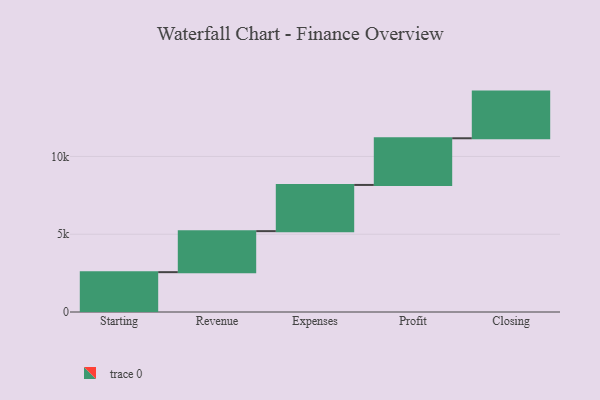
{"axis": {"x": "Step", "y": "Value"}, "legend": [""], "data": [{"x": "Starting", "y": 2561.0, "type": ""}, {"x": "Revenue", "y": 2637.0, "type": ""}, {"x": "Expenses", "y": 2970.0, "type": ""}, {"x": "Profit", "y": 3000, "type": ""}, {"x": "Closing", "y": 3000, "type": ""}]}